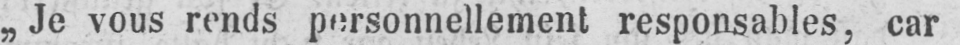
„Je vous rends personnellement responsables, car